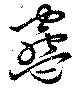
蠱